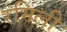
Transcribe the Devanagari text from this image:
रमिली